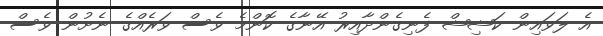
އެ ލަވައިން ކަޝިޝް ފެނިގެންދާއިރު އޭނާގެ ކޮންމެ ވެސް ވަރެެއްގެ ނެށުން ވެސް